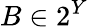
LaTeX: B\in 2^{Y}